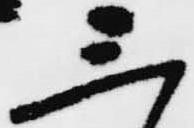
三